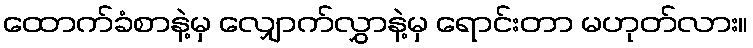
ထောက်ခံစာနဲ့မှ လျှောက်လွှာနဲ့မှ ရောင်းတာ မဟုတ်လား။